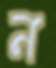
ন